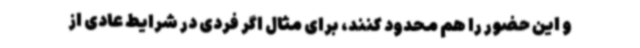
و این حضور را هم محدود کنند،‌ برای مثال اگر فردی در شرایط عادی از